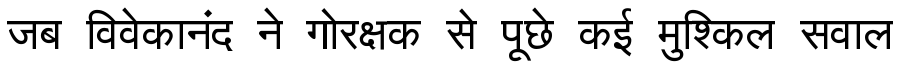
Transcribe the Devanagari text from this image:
जब विवेकानंद ने गोरक्षक से पूछे कई मुश्किल सवाल